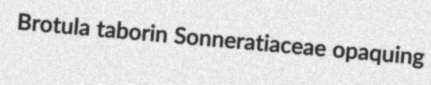
Brotula taborin Sonneratiaceae opaquing